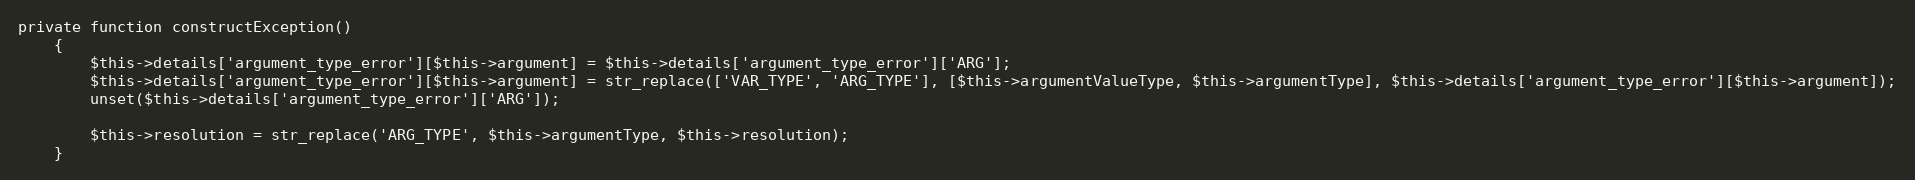
Language: PHP
private function constructException()
    {
        $this->details['argument_type_error'][$this->argument] = $this->details['argument_type_error']['ARG'];
        $this->details['argument_type_error'][$this->argument] = str_replace(['VAR_TYPE', 'ARG_TYPE'], [$this->argumentValueType, $this->argumentType], $this->details['argument_type_error'][$this->argument]);
        unset($this->details['argument_type_error']['ARG']);

        $this->resolution = str_replace('ARG_TYPE', $this->argumentType, $this->resolution);
    }